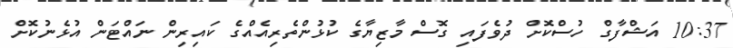
10:37 އަޝްފާގް ހުސްކޮށް ދުވެފައި ގޮސް މާޒިޔާގެ ކުޅުންތެރިއެއްގެ ކައިރިން ނައްޓަން އުޅެނުކޮށް